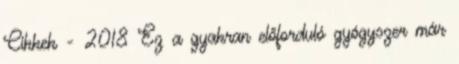
Cikkek - 2018 Ez a gyakran előforduló gyógyszer már